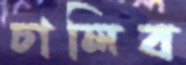
চালিব